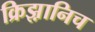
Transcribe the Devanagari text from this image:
क्रिझ़ानिच